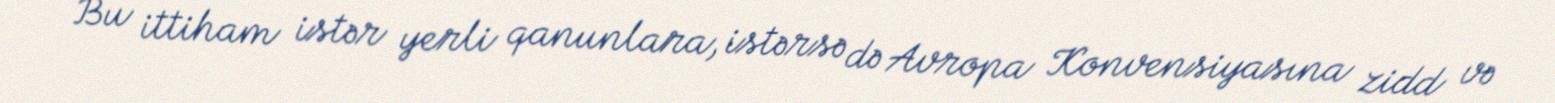
Bu ittiham istər yerli qanunlara, istərsə də Avropa Konvensiyasına zidd və